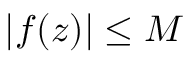
| f ( z ) | \leq M